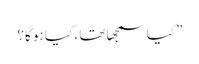
” کیا سمجھا تھا ، کیا ہو گا؟